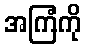
အကြံကို